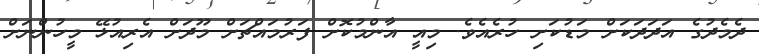
ދެމެދުގެ އަދަދަކަށް މަޑުކަށި ހުރެއެވެ. މިއީ އާންމުކޮށް ފަރުމައްޗަށް މޫދަށް އެރިއުޅޭ މީހުންނަށް